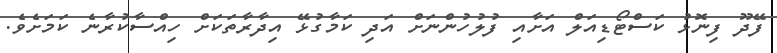
ފޭދޫ ފިނޮޅު ކަސްޓޯޑިއަލް އަށާއި ފުލުހުންނަށް އަދި ކަމާގުޅޭ އިދާރާތަކަށް ހިއްސާކުރާނެ ކަމަށެވެ.